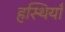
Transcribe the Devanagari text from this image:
हस्थियाँ